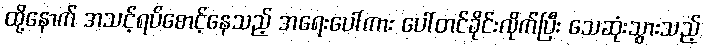
ထို့နောက် အသင့်ရပ်စောင့်နေသည့် အရေးပေါ်ကား ပေါ်တင်ခိုင်းလိုက်ပြီး သေဆုံးသွားသည့်